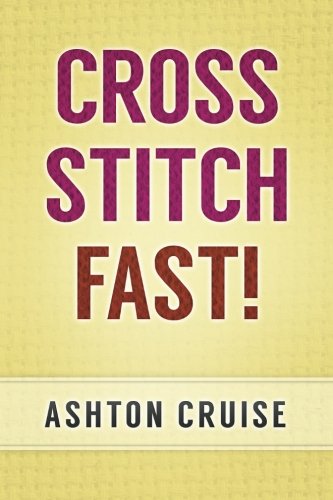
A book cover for Cross Stitch: Learn Cross Stitch FAST! - Learn the Basics of Cross Stitch In No Time (Cross Stitch, Cross Stitch Course, Cross Stitch Development, Cross Stitch Books, Cross Stitch for Beginners); Ashton Cruise; Crafts, Hobbies & Home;